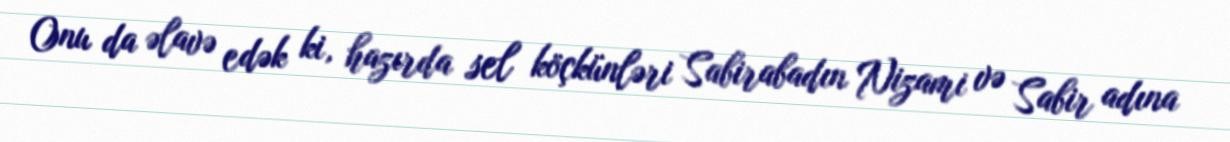
Onu da əlavə edək ki, hazırda sel köçkünləri Sabirabadın Nizami və Sabir adına